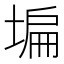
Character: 𡎚